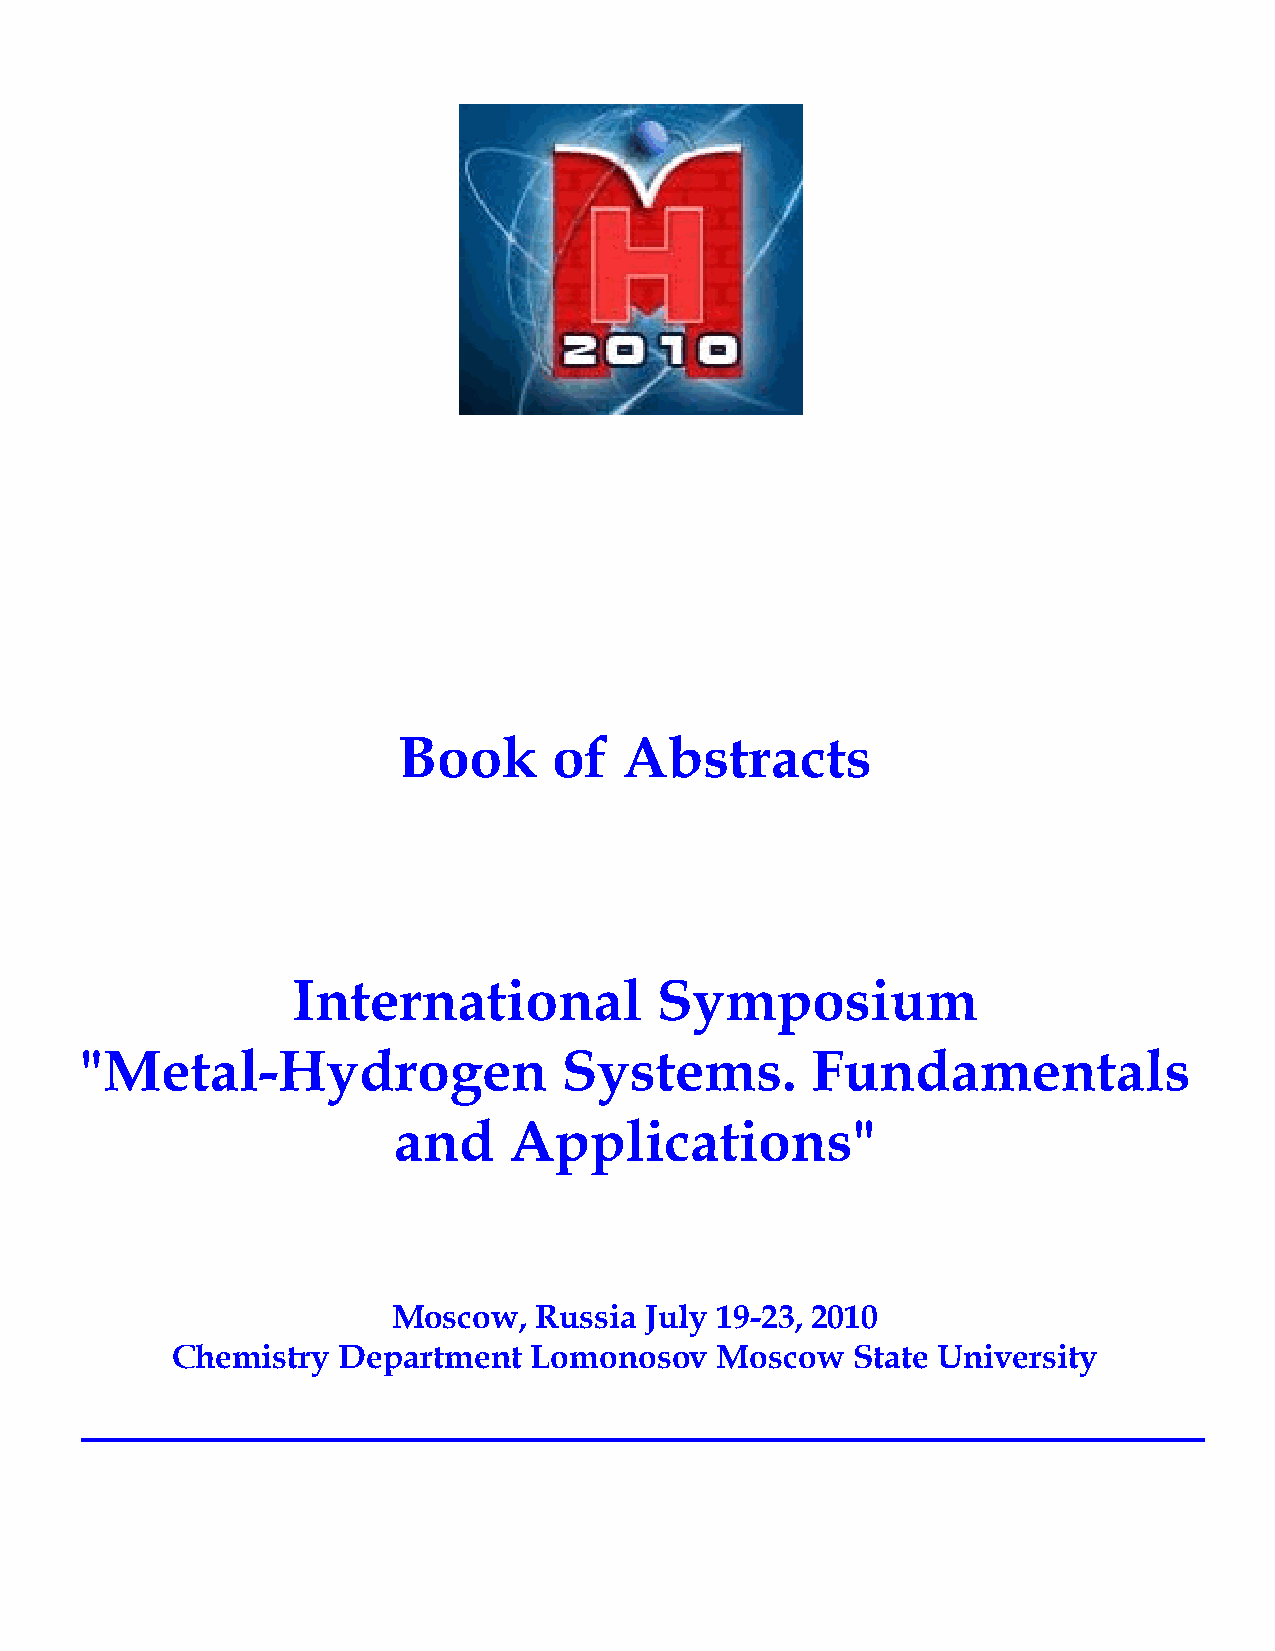
Book       of  Abstracts
 International           Symposium
 "Metal-Hydrogen                 Systems.         Fundamentals
 and     Applications"
 Moscow,  Russia  July 19-23, 2010
 Chemistry  Department   Lomonosov   Moscow   State University